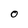
Character: O